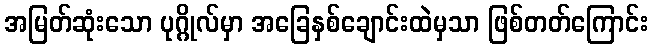
အမြတ်ဆုံးသော ပုဂ္ဂိုလ်မှာ အခြေနှစ်ချောင်းထဲမှသာ ဖြစ်တတ်ကြောင်း